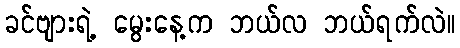
ခင်ဗျားရဲ့ မွေးနေ့က ဘယ်လ ဘယ်ရက်လဲ။